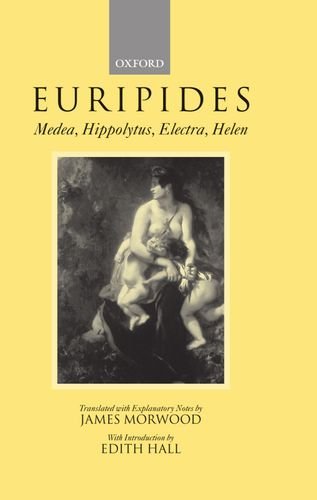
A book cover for Medea, Hippolytus, Electra, Helen; Euripides; Literature & Fiction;